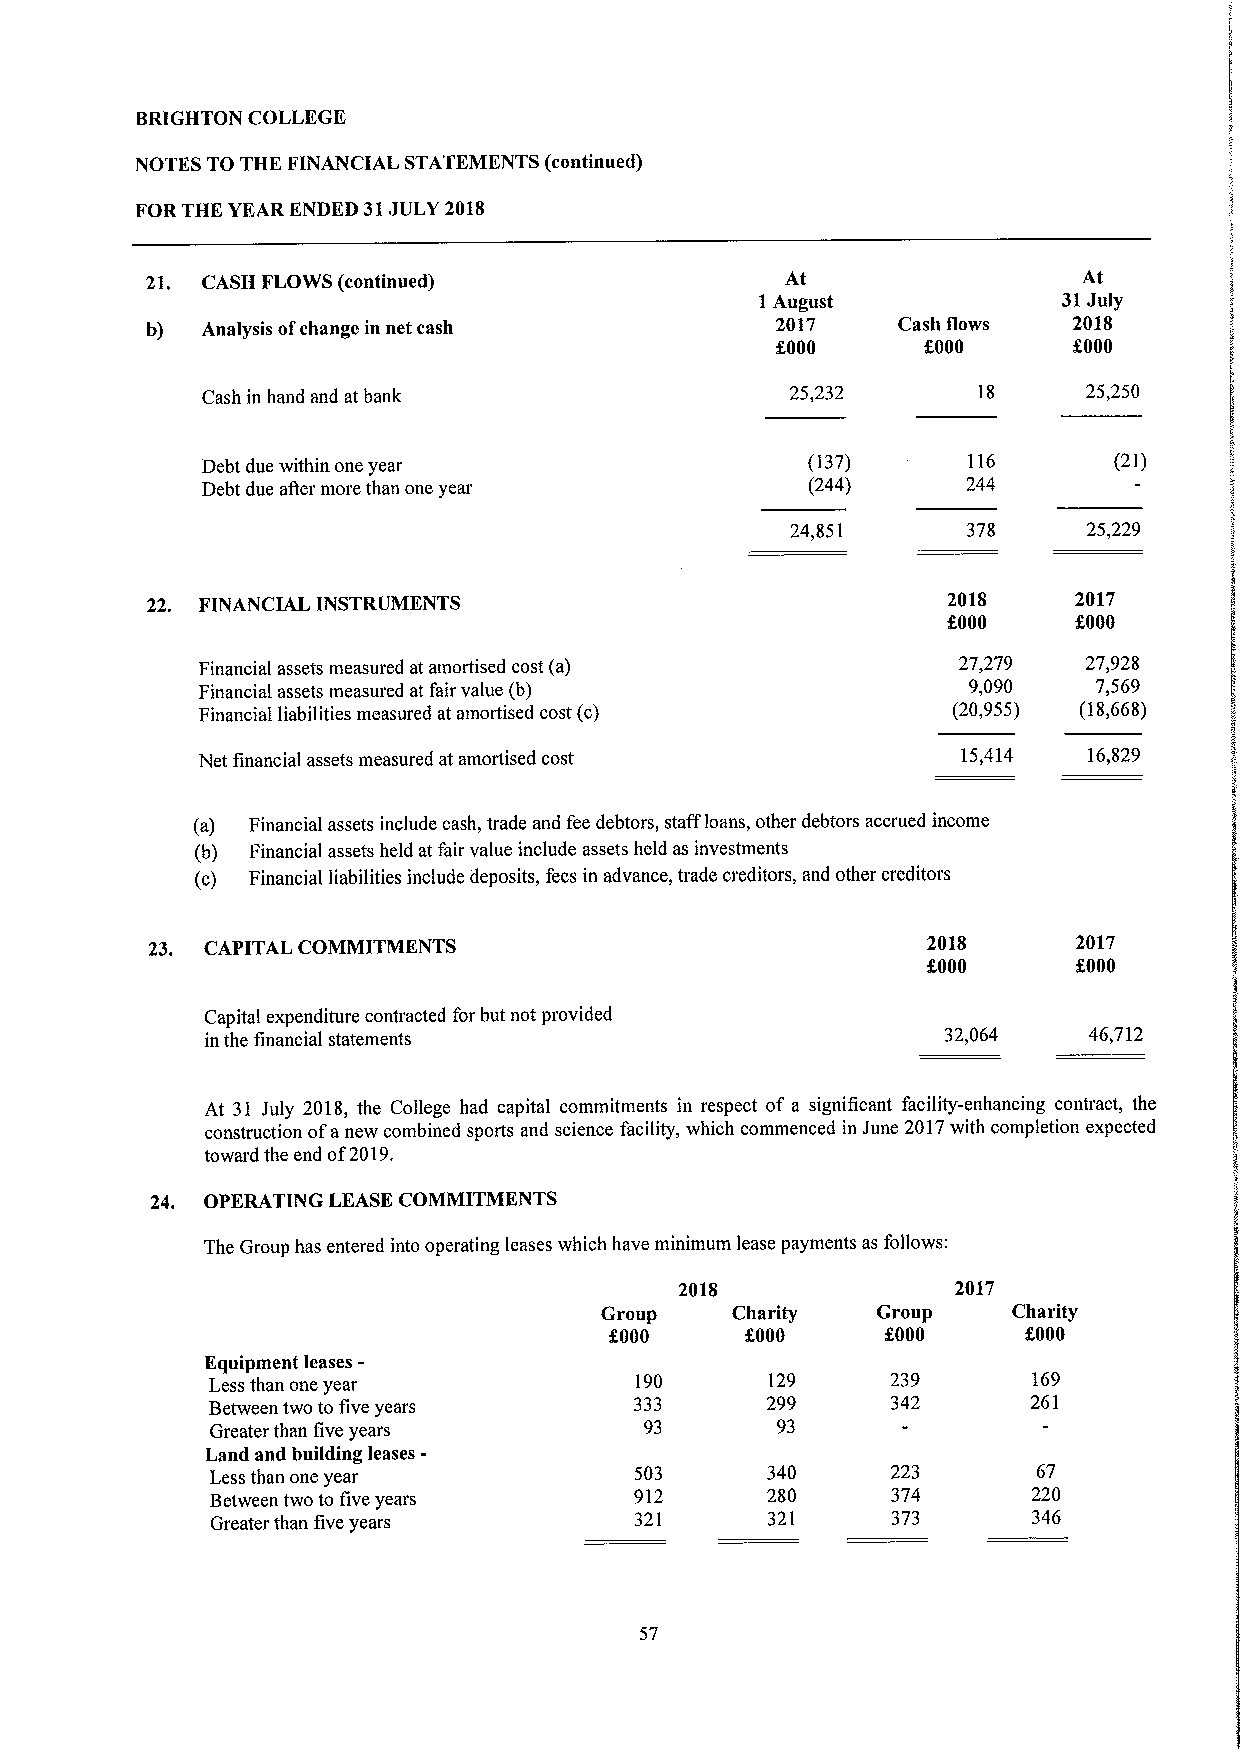
BRIGHTON COLLEGE
 NOTES TO THE FINANCIAL STATEMENTS (continued)
 FORTHE YEAR ENDED 31JULY 2018
 21. CASH FLOWS (continued)                At                  At
 1August             31July
 b) Analysis ofchange in net cash         2017    Cash flows  2018
 f000      f000      f000
 Cash in hand and at bank               25,232              25,250
 Debt due within one year                (137)      116       (21)
 Debt due aAer more than one year        (244)      244
 24,851      378     25,229
 22. FINANCIAL INSTRUMENTS                            2018    2017
 f000    f,000
 Financial assets measured at amortised cost (a)   27,279   27,928
 Financial assets measured atfair value (b)         9,090   7,569
 Financial liabilities measured at amortised cost (c) (20,955) (18,668)
 Net financial assets measured at amortised cost    15,414  16,829
 (a) Financial assets include cash, trade and fee debtors, staff loans, other debtors accrued income
 (b) Financial assets held at fair value include assets held as investments
 (c) Financial liabilities include deposits, fees in advance, trade creditors, and other creditors
 23. CAPITAL COMMITMENTS                            2018      2017
 f000      f000
 Capital expenditure contracted for but not provided
 inthe financial statements                      32,064    46,712
 At 31 July 2018, the College had capital commitments in respect of a significant facility-enhancing contract, the
 construction ofanew combined sports and science facility, which commenced in June 2017with completion expected
 toward the end of2019.
 24. OPERATING LEASE COMMITMENTS
 The Group has entered into operating leases which have minimum lease payments as follows:
 2018              2017
 Group   Charity   Group    Charity
 f000     f000      f000     f000
 Equipment leases-
 Less than one year          190      129     239      169
 Between two to five years   333      299     342      261
 Greater than five years      93      93
 Land and building leases-
 Less than one year          503      340     223       67
 Between two to five years   912      280     374      220
 Greater than five years     321      321     373      346
 57